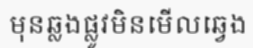
មុនឆ្លងផ្លូវមិនមើលឆ្វេង